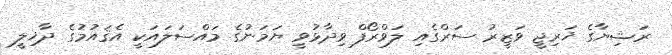
ރަޝިޔާގެ ޚަރިޖީ ވަޒީރު ސަރްގެއި ލަވްރޯފް ވިދާޅުވީ ޔަމަނުގެ މައްސަލައަކީ އެޤައުމުގެ ދާޚިލީ